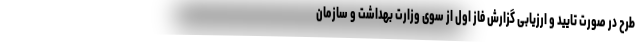
طرح در صورت تایید و ارزیابی گزارش فاز اول از سوی وزارت بهداشت و سازمان